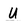
Character: U